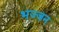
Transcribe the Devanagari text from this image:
भज्जन